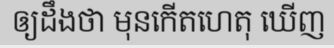
ឲ្យដឹងថា មុនកើតហេតុ ឃើញ